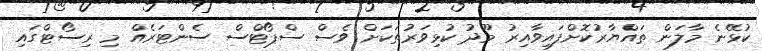
ކުޅޭނެ މާލަން ތައްޔާރުކޮށްފައިވާއިރު މޫދު ކުޅިވަރުތަކަށް ވެސް ސްޕޯޓްސް ސެންޓަރެއް މި ރިސޯޓްގައި